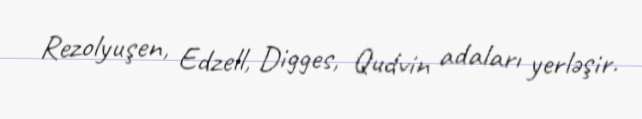
Rezolyuşen, Edzell, Digges, Qudvin adaları yerləşir.